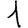
Digit: 1